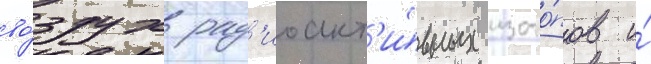
во́здух рад'иоакт'и́вных изото́пов и́